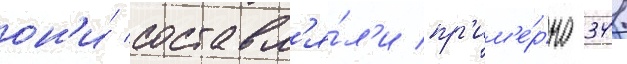
он'и́ составл'я́л'и пр'им'е́рно 341